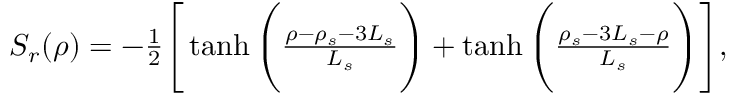
\begin{array} { r } { S _ { r } ( \rho ) = - \frac { 1 } { 2 } \Bigg [ \operatorname { t a n h } \Bigg ( \frac { \rho - \rho _ { s } - 3 L _ { s } } { L _ { s } } \Bigg ) + \operatorname { t a n h } \Bigg ( \frac { \rho _ { s } - 3 L _ { s } - \rho } { L _ { s } } \Bigg ) \Bigg ] , } \end{array}